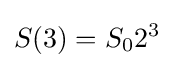
S(3)=S_{0}2^{3}